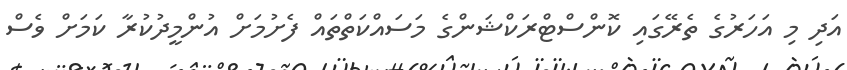
އަދި މި އަހަރުގެ ތެރޭގައި ކޮންސްޓްރަކްޝަންގެ މަސައްކަތްތައް ފެށުމަށް އުންމީދުކުރާ ކަމަށް ވެސް